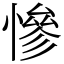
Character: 慘